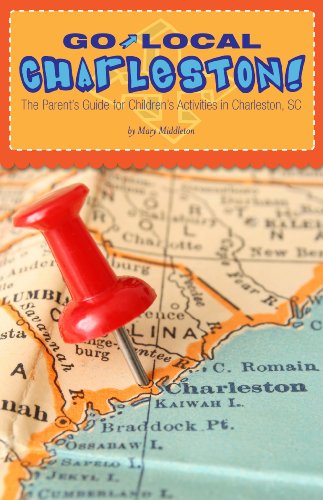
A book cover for Go Local Charleston: The Parent's Guide for Children's Activities in Charleston, SC; Mary Middleton; Travel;